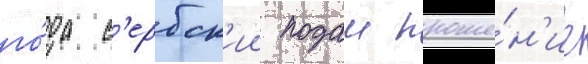
го́да с'ербск'ии подал проше́н'ие